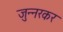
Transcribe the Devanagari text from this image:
जुन्नरकर